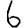
Digit: 6